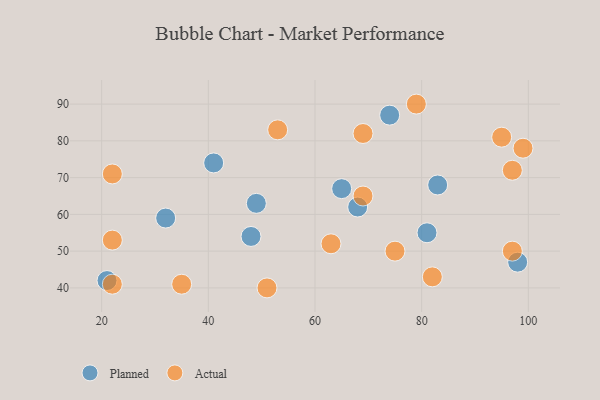
{"axis": {"x": "GDP", "y": "Life Expectancy"}, "legend": ["Actual", "Planned"], "data": [{"x": "65", "y": 67, "type": "Planned"}, {"x": "48", "y": 54, "type": "Planned"}, {"x": "68", "y": 62, "type": "Planned"}, {"x": "32", "y": 59, "type": "Planned"}, {"x": "74", "y": 87, "type": "Planned"}, {"x": "98", "y": 47, "type": "Planned"}, {"x": "41", "y": 74, "type": "Planned"}, {"x": "81", "y": 55, "type": "Planned"}, {"x": "83", "y": 68, "type": "Planned"}, {"x": "21", "y": 42, "type": "Planned"}, {"x": "49", "y": 63, "type": "Planned"}, {"x": "97", "y": 50, "type": "Actual"}, {"x": "22", "y": 41, "type": "Actual"}, {"x": "95", "y": 81, "type": "Actual"}, {"x": "69", "y": 82, "type": "Actual"}, {"x": "69", "y": 65, "type": "Actual"}, {"x": "53", "y": 83, "type": "Actual"}, {"x": "79", "y": 90, "type": "Actual"}, {"x": "35", "y": 41, "type": "Actual"}, {"x": "97", "y": 72, "type": "Actual"}, {"x": "51", "y": 40, "type": "Actual"}, {"x": "63", "y": 52, "type": "Actual"}, {"x": "22", "y": 71, "type": "Actual"}, {"x": "82", "y": 43, "type": "Actual"}, {"x": "22", "y": 53, "type": "Actual"}, {"x": "75", "y": 50, "type": "Actual"}, {"x": "99", "y": 78, "type": "Actual"}]}